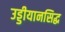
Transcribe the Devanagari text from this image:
उड्डीयानसिद्ध